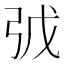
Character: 𢏌